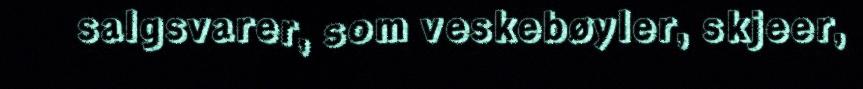
salgsvarer, som veskebøyler, skjeer,